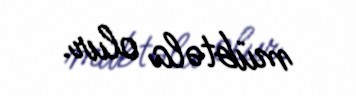
mübtəla olur.